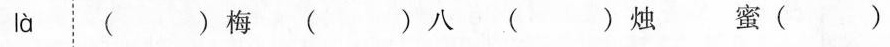
là⋮()梅()八()烛 蜜()